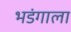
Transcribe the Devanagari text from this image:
भडंगाला